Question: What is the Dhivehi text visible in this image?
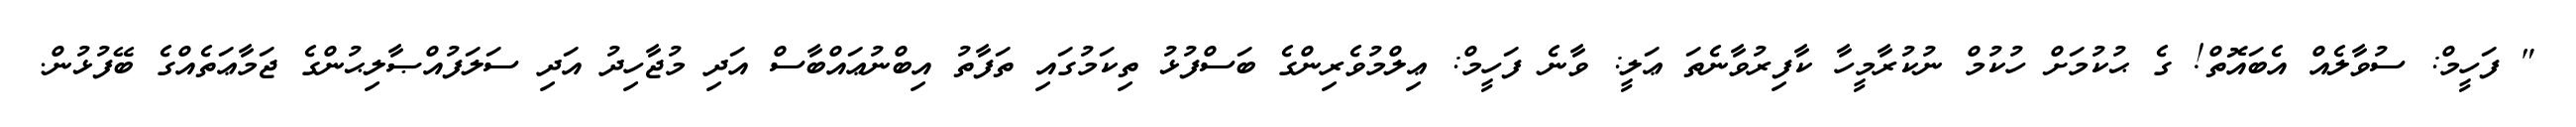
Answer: " ފަހީމް: ސުވާލެއް އެބައޮތް! ގެ ޙުކުމަށް ހުކުމް ނުކުރާމީހާ ކާފިރުވާނެތަ ޢަލީ: ވާނެ ފަހީމް: ޢިލްމުވެރިންގެ ބަސްފުޅު ތިކަމުގައި ތަފާތު އިބްނުޢައްބާސް އަދި މުޖާހިދު އަދި ސަލަފުއްޞާލިޙުންގެ ޖަމާޢަތެއްގެ ބޭފުޅުން.